Vaccination in Bombay 1913-1923 - 1913-1923
Year: 1913
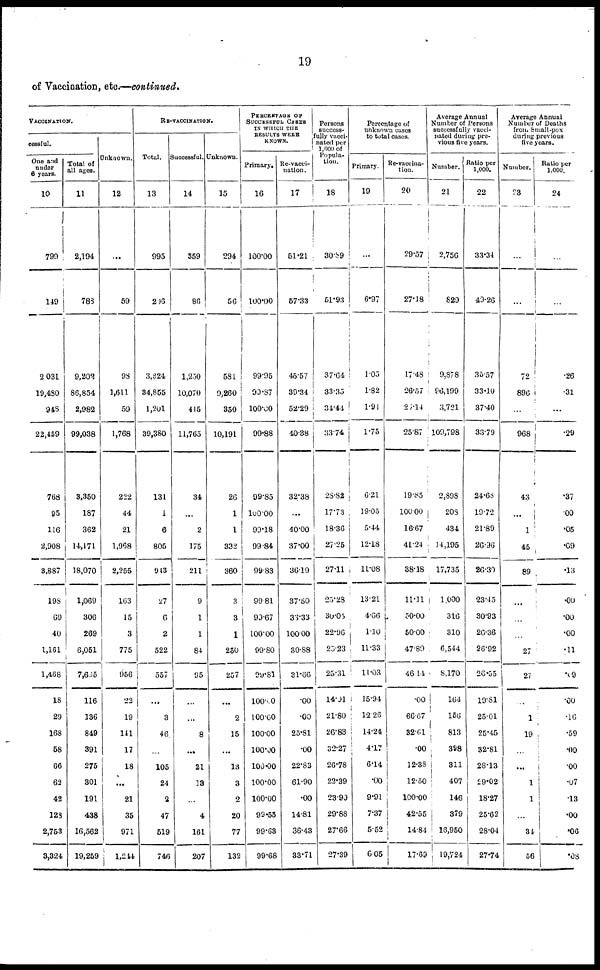
19
of Vaccination, etc.—continued.
VACCINATION.
cessful.
One and
under
6 years.
10
1
149
2,031
19,480
948
22,459
768
95
116
2,908
3,887
198
69
40
1,161
1,468
18
29
168
58
66
62
42
123
2,753
3,324
Total of
all ages.
11
2,194
788
9,202
86,854
2,982
99,038
3,350
187
362
14,171
18,070
1,069
306
269
6,051
7,635
116
136
849
391
275
301
191
438
16,562
19,259
Unknown.
12
...
59
93
1,611
59
1,768
222
44
21
1,968
2,255
163
15
3
775
956
22
19
141
17
18
...
21
35
971
1,244
RE-VACCINATION.
Total.
13
995
206
3,824
34,855
1,201
39,380
131
1
6
805
943
27
6
2
522
557
...
3
46
...
105
24
2
47
519
746
Successful.
14
359
86
1,250
10,070
445
11,765
34
...
2
175
211
9
1
1
84
95
...
...
8
...
21
13
...
4
161
207
Unknown.
15
294
56
581
9,260
350
10,191
26
1
1
332
360
3
3
1
250
257
...
2
15
...
18
3
2
20
77
132
PERCENTAGE OF
SUCCESSFUL CASES
IN WHICH THE
RESULTS WERE
KNOWN.
Primary.
16
100.00
100.00
99.95
99.87
100.00
99.88
99.85
100.00
99.18
99.84
99.83
99.81
99.67
100.00
99.80
99.81
100.00
100.00
100.00
100.00
100.00
100.00
100.00
99.55
99.63
99.68
Re-vacci-
nation.
17
51.21
57.33
45.57
39.34
52.29
40.38
32.38
...
40.00
37.00
36.19
37.50
35.33
100.00
30.88
31.66
.00
.00
25.81
.00
22.83
61.90
.00
14.81
36.43
33.71
Persons
success-
fully vacci-
nated per
1,000 of
Popula-
tion.
18
30.89
51.93
37.64
33.35
34.44
33.74
28.82
17.73
18.36
27.25
27.11
20.28
30.05
22.96
25.23
25.31
14.01
21.80
26.83
32.27
26.78
22.39
23.90
29.88
27.66
27.39
Percentage of
unknown cases
to total cases.
Primary.
19
...
6.97
1.05
1.82
1.91
1.75
6.21
19.05
5.44
12.18
11.08
13.21
4.66
1.10
11.33
11.03
15.94
12.26
14.24
4.17
6.14
.00
9.91
7.37
5.52
6.05
Re-vaccina¬
tion.
20
29.57
27.18
17.48
26.57
20.14
25.87
19.85
100.00
16.67
41.24
38.18
11.11
50.00
50.00
47.89
46.11
.00
66.67
32.61
.00
12.33
12.50
100.00
42.55
14.84
17.69
Average Annual
Number of Persons
successfully vacci-
-ated during pre-
vious five years.
Number.
21
2,756
829
9,878
96,199
3,721
109,798
2,898
208
434
14,195
17,735
1,000
316
310
6,544
8,170
164
156
813
398
311
407
146
379
16,950
19,724
Ratio per
1,000.
22
33.34
49.26
35.57
33.10
37.40
33.79
24.68
19.72
21.89
26.96
26.30
23.45
30.93
26.36
26.92
26.55
19.81
25.01
25.45
32.81
28.13
29.02
18.27
25.62
28.04
27.74
Average A
Number o
Number.
23
...
...
72
896
...
968
43
...
1
45
89
...
...
...
27
27
...
1
19
...
...
1
1
...
34
56
Ratio per
1,000.
24
...
...
.26
.31
...
.29
.37
.00
.05
.09
.13
.00
.00
.00
.11
.09
.00
.16
.59
.00
.00
.07
.13
.00
.06
.08